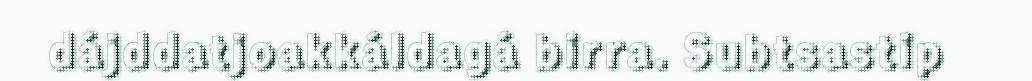
dájddatjoakkáldagá birra. Subtsastip